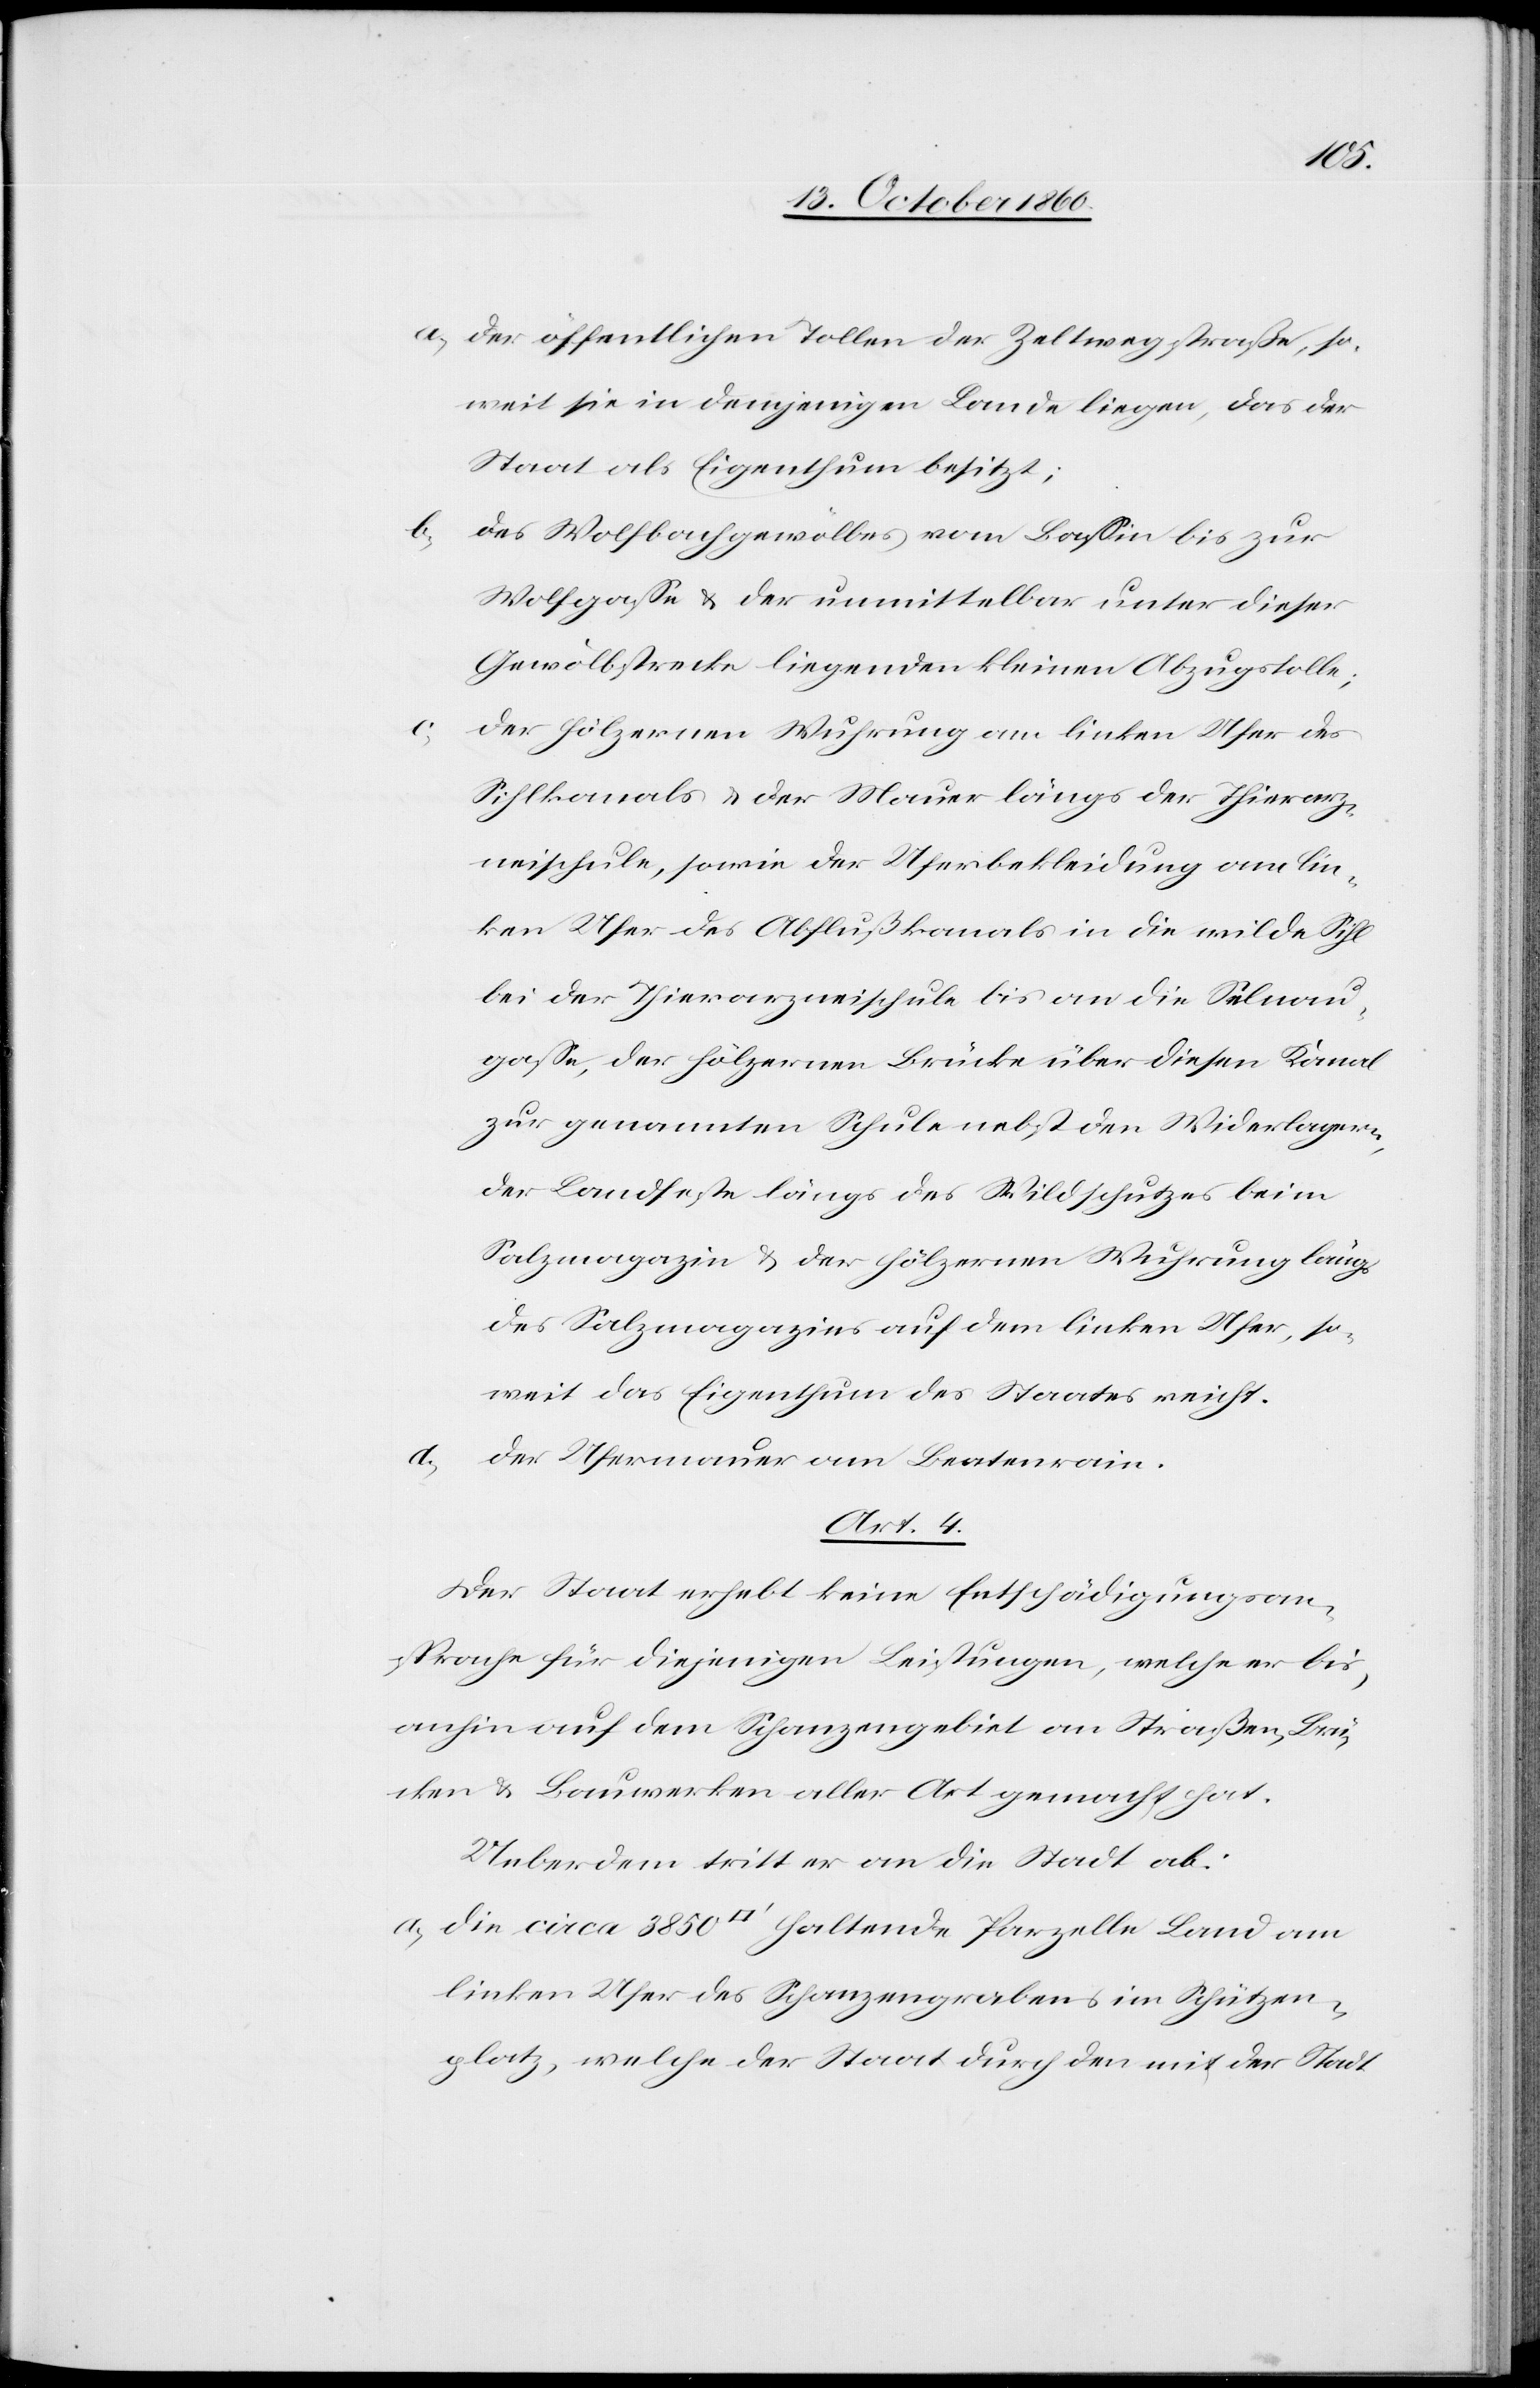
a) der öffentlichen Tollen der Zeltwegstraße, so¬
weit sie in demjenigen Lande liegen, das der
Staat als Eigenthum besitzt;
b) des Wolfbachgewölbes vom Bassin bis zur
Wolfgasse u. der unmittelbar unter dieser
Gewölbstrecke liegenden kleinen Abzugstolle;
c)
der hölzernen Wuhrung am linken Ufer des
Sihlkanals u. der Mauer längs der Thiererz¬
neischule, sowie der Uferbekleidung am lin¬
ken Ufer des Abflußkanals in die wilde Sihl
bei der Thierarzneischule bis an die Selnau¬
gasse, der hölzernen Brücke über diesen Kanal
zur genannten Schule nebst den Widerlagern,
der Landfeste längs des Wildschutzes beim
Salzmagazin u. der hölzernen Wuhrung längs
des Salzmagazins auf dem linken Ufer, so¬
weit das Eigenthum des Staates reicht.
Der Ufermauer am Beatenrain.
Art. 4.
Der Staat erhebt keine Entschädigungsan¬
sprache für diejenigen Leistungen, welche er bis¬
anhin auf dem Schanzengebiet an Straßen, Brü¬
cken u. Bauwerken aller Art gemacht hat.
Ueberdem tritt er an die Stadt ab:
a) die circa 3850 [Quadratfuß] haltende Parzelle Land am
linken Ufer des Schanzengrabens im Schützen¬
platz, welche der Staat durch den mit der Stadt